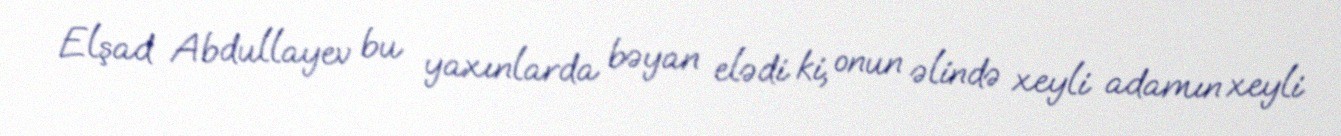
Elşad Abdullayev bu yaxınlarda bəyan elədi ki, onun əlində xeyli adamın xeyli